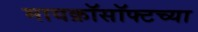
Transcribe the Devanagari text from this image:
मायक्रॉसॉफ्टच्या